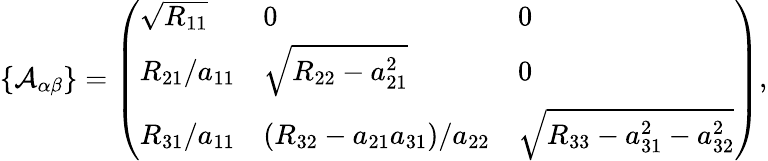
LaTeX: \left\{ \mathcal{A}_{\alpha\beta}\right\} =\left(\begin{array}{lll}{\sqrt{R_{11}}}&{0}&{0}\\ {R_{21}/a_{11}}&{\sqrt{R_{22}-a_{21}^{2}}}&{0}\\ {R_{31}/a_{11}}&{(R_{32}-a_{21}a_{31})/a_{22}}&{\sqrt{R_{33}-a_{31}^{2}-a_{32}^{2}}}\end{array}\right),